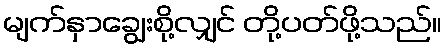
မျက်နှာချွေးစို့လျှင် တို့ပတ်ဖို့သည်။